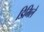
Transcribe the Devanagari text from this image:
डिमिले